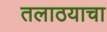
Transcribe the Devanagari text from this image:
तलाठयाचा